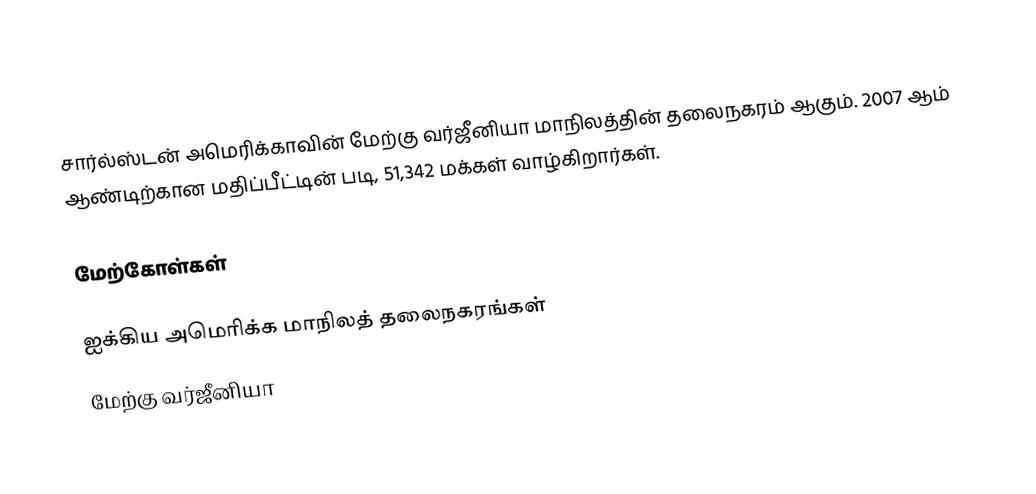
சார்ல்ஸ்டன் அமெரிக்காவின் மேற்கு வர்ஜீனியா மாநிலத்தின் தலைநகரம் ஆகும். 2007 ஆம் ஆண்டிற்கான மதிப்பீட்டின் படி, 51,342 மக்கள் வாழ்கிறார்கள்.

மேற்கோள்கள்

ஐக்கிய அமெரிக்க மாநிலத் தலைநகரங்கள்
மேற்கு வர்ஜீனியா